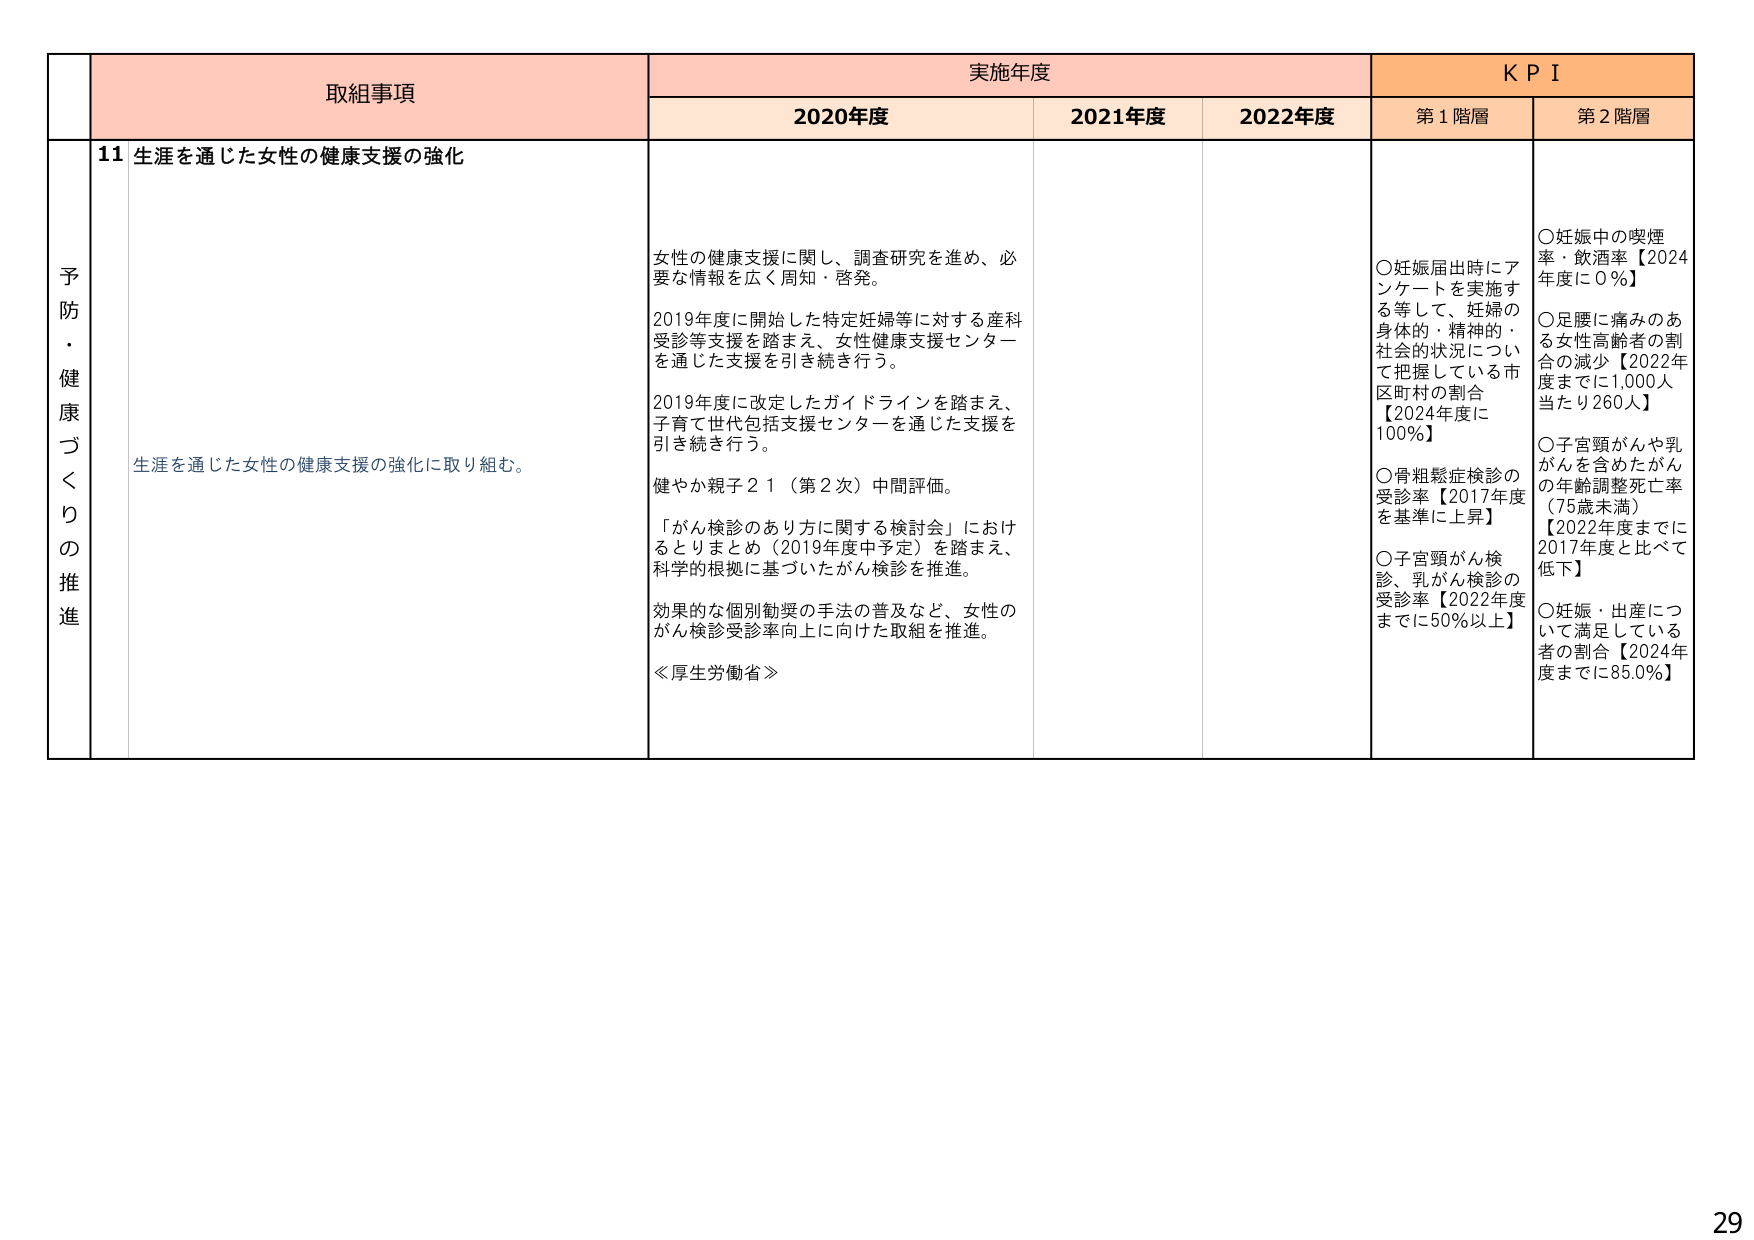
予防・健康づくりの推進

取組事項
11 生涯を通じた女性の健康支援の強化
生涯を通じた女性の健康支援の強化に取り組む。

実施年度
2020年度
女性の健康支援に関し、調査研究を進め、必要な情報を広く周知・啓発。
2019年度に開始した特定妊婦等に対する産科受診等支援を踏まえ、女性健康支援センターを通じた支援を引き続き行う。
2019年度に改定したガイドラインを踏まえ、子育て世代包括支援センターを通じた支援を引き続き行う。
健やか親子２１（第２次）中間評価。
「がん検診のあり方に関する検討会」におけるとりまとめ（2019年度中予定）を踏まえ、科学的根拠に基づいたがん検診を推進。
効果的な個別勧奨の手法の普及など、女性のがん検診受診率向上に向けた取組を推進。
≪厚生労働省≫

2021年度

2022年度

ＫＰＩ
第１階層
○妊娠届出時にアンケートを実施する等して、妊婦の身体的・精神的・社会的状況について把握している市区町村の割合【2024年度に100％】
○骨粗鬆症検診の受診率【2017年度を基準に上昇】
○子宮頸がん検診、乳がん検診の受診率【2022年度までに50％以上】

第２階層
○妊娠中の喫煙率・飲酒率【2024年度に0％】
○足腰に痛みのある女性高齢者の割合の減少【2022年度までに1,000人当たり260人】
○子宮頸がんや乳がんを含めたがんの年齢調整死亡率（75歳未満）【2022年度までに2017年度と比べて低下】
○妊娠・出産について満足している者の割合【2024年度までに85.0％】

29